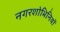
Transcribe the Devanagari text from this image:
नगरशोभिनियों